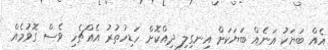
އެއް ބަޔަކު އަނެއް ބަޔަކަށް އިނގިލި ދިއްކޮށް ހަޑިހުތުރު އެއްޗެހި ވެސް ގޮވުމެއް